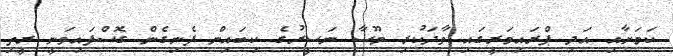
ކަމަށާއި އަދި ޕްރައިމަރީގައި ވާދަކުރި މޫސާ ނަސީރުގެ ކިބައިން ފެނިގެން ގޮސްފައިވަނީ ރީތި